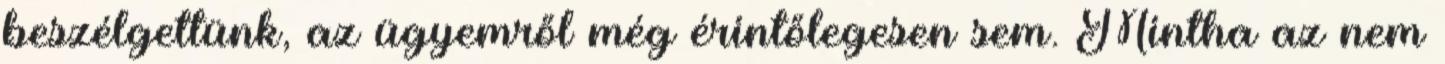
beszélgettünk, az ügyemről még érintőlegesen sem. Mintha az nem